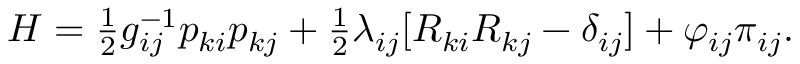
\begin{array} { r } { H = \frac 1 2 g _ { i j } ^ { - 1 } p _ { k i } p _ { k j } + \frac 1 2 \lambda _ { i j } [ R _ { k i } R _ { k j } - \delta _ { i j } ] + \varphi _ { i j } \pi _ { i j } . } \end{array}